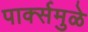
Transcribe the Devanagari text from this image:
पार्क्समुळे